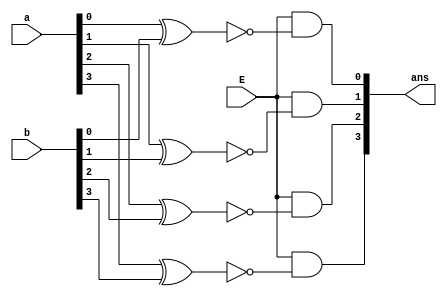
`timescale 1ns / 1ps
//////////////////////////////////////////////////////////////////////////////////
// Company: 
// Engineer: 
// 
// Design Name: 
// Module Name:    xnormod 
// Project Name: 
// Target Devices: 
// Tool versions: 
// Description: 
//
// Dependencies: 
//
// Revision: 
// Revision 0.01 - File Created
// Additional Comments: 
//
//////////////////////////////////////////////////////////////////////////////////
module xnormod(a,b,E,ans);
input [3:0]a;
input [3:0]b;
input E;

output [3:0]ans;
wire [3:0]w;

xnor(w[0], a[0], b[0]);
xnor(w[1], a[1], b[1]);

xnor(w[2], a[2], b[2]);
xnor(w[3], a[3], b[3]);

and(ans[0], E, w[0]);
and(ans[1], E, w[1]);
and(ans[2], E, w[2]);
and(ans[3], E, w[3]);

endmodule